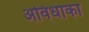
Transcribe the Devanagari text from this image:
अविधाका